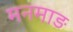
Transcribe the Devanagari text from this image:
मनमाड़